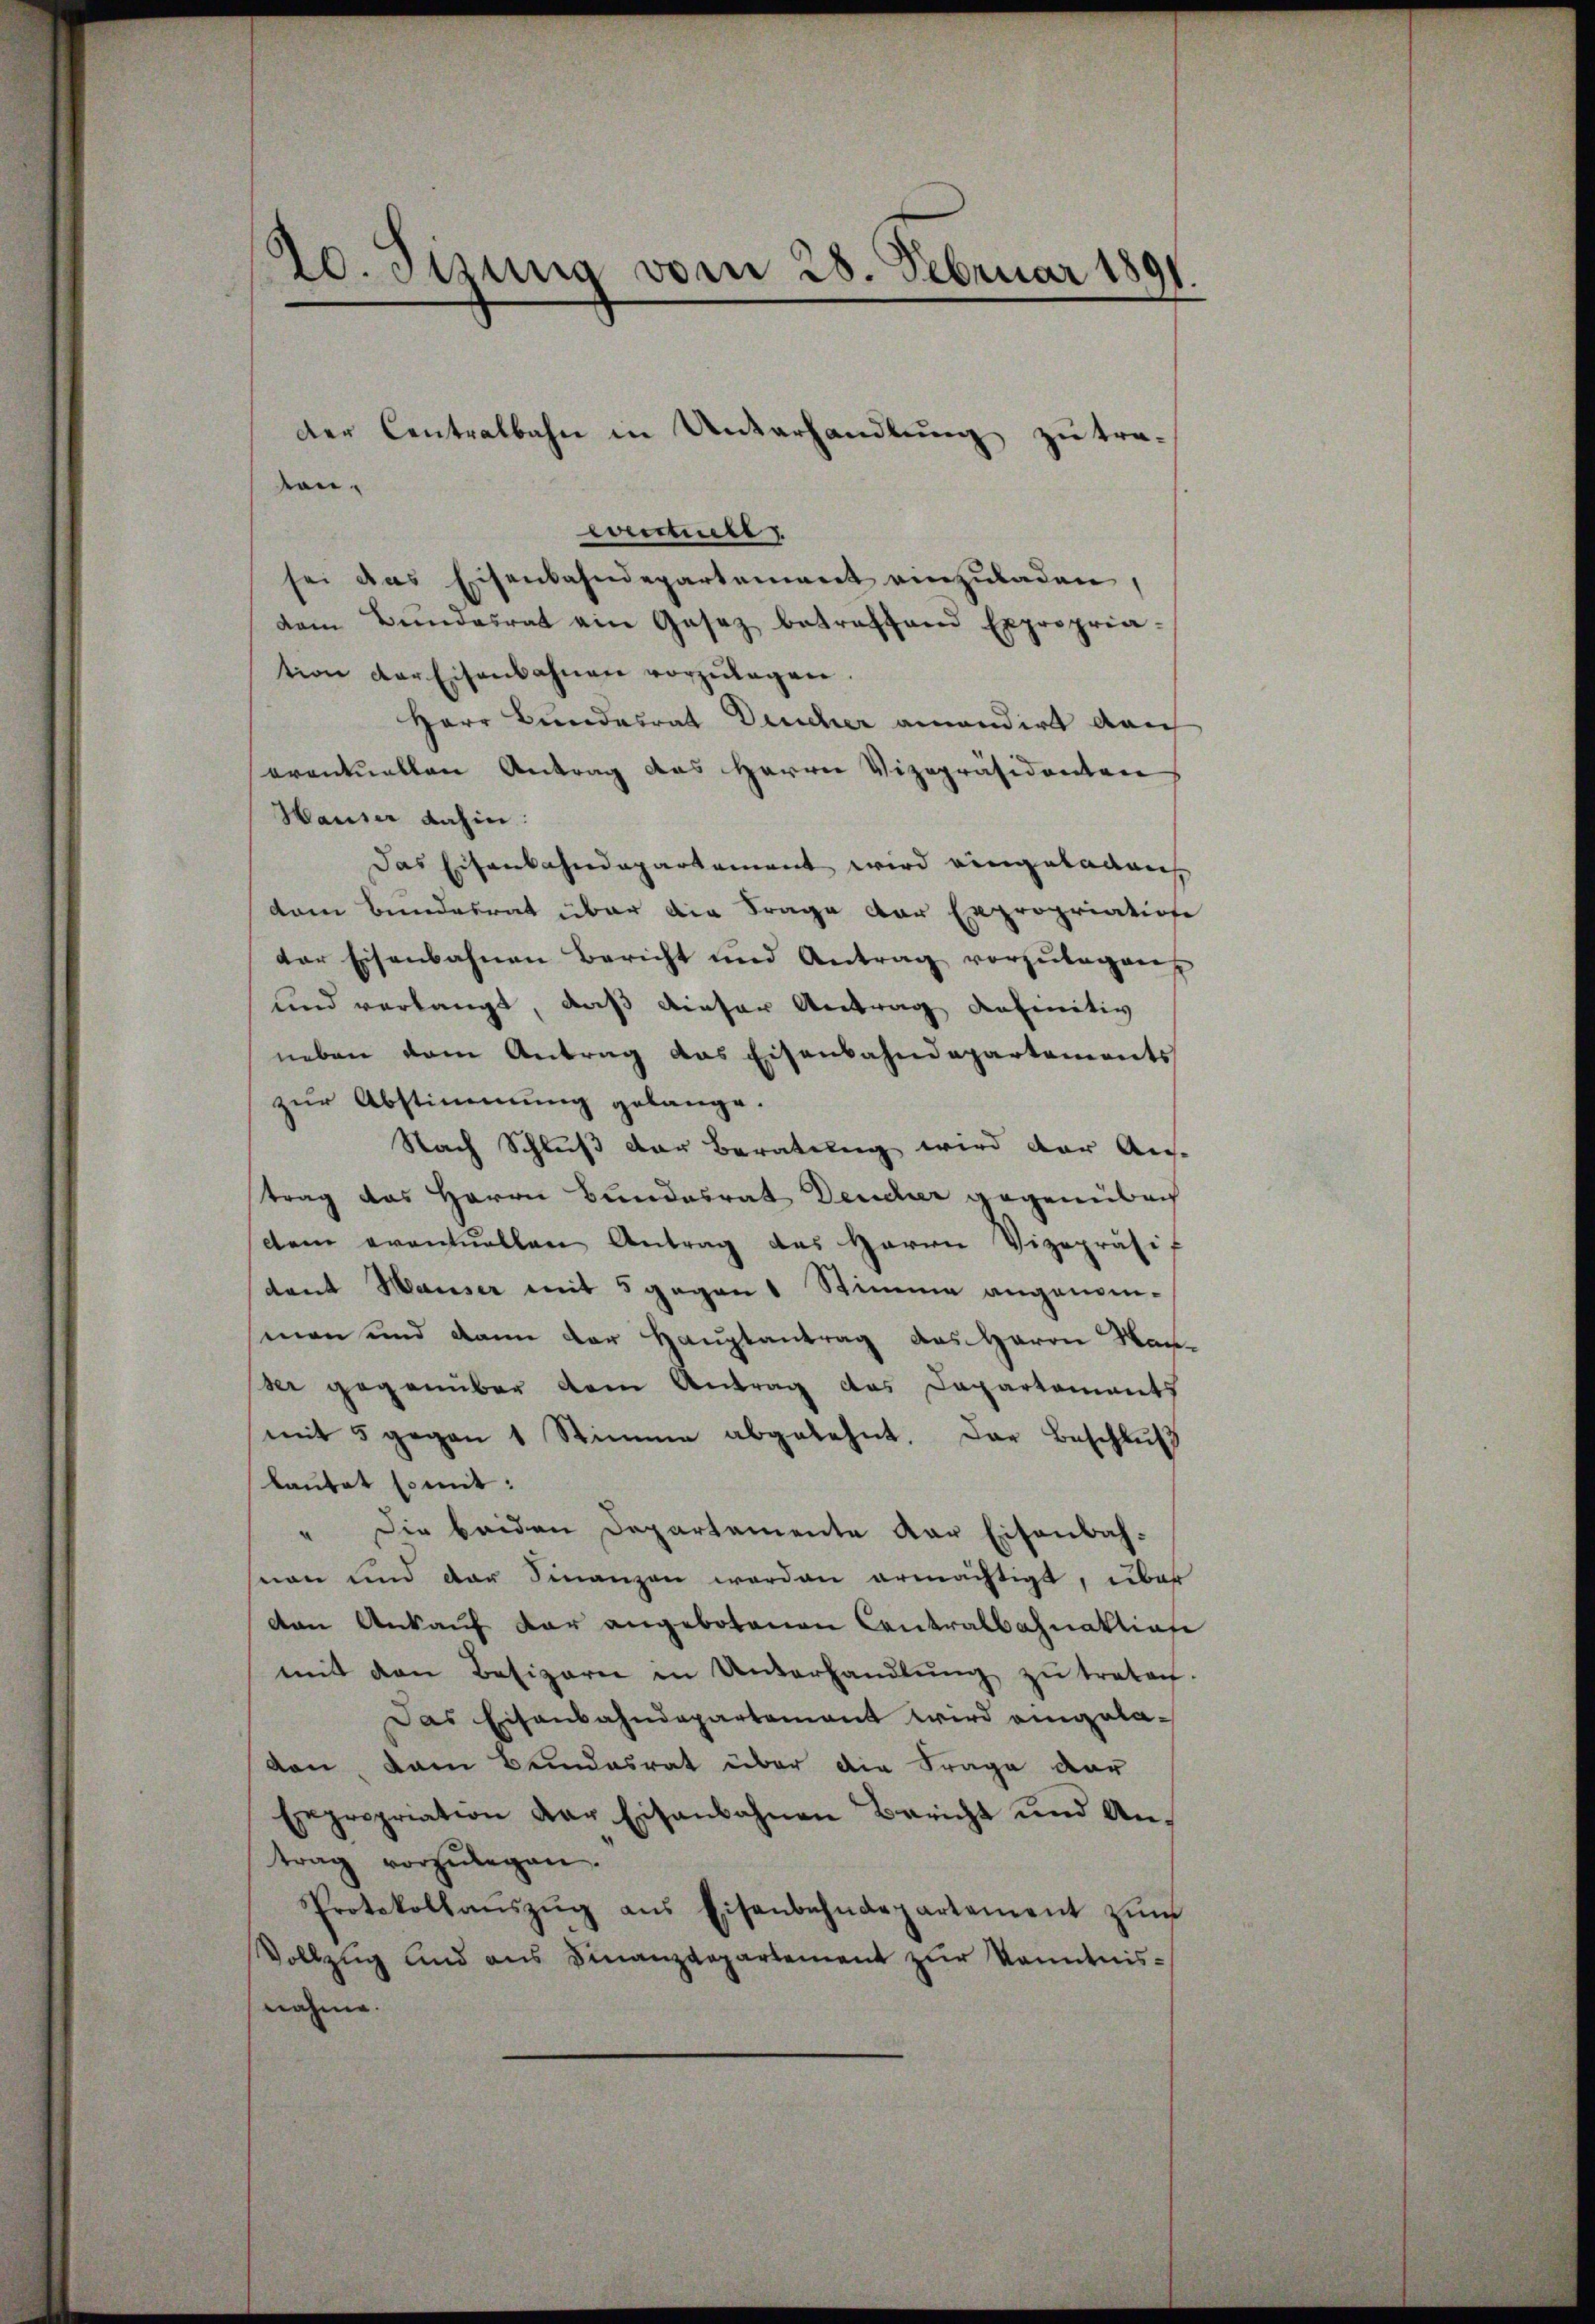
20. Simung vom 28. Februar 1891

evirtuell
sei das Eisenbahndepartement einzuladen,
dem Bŭndesrat ein Gesez betreffend Expropria-
tion der Eisenbahnen vorzŭlagen.
Herr Bundesrat Deucher amandirt dan
eventuellen Antrag des Herrn Vizepräsidenten
Hauser dahin:
Das Eisenbahndepartement wird eingeladen,
dam Bundesrat über die Frage der Expropriation
der Eisenbahnen Bericht und Antrag vorzŭlegen
und verlangt, daß dieser Antrag definitiv
neben dem Antrag das Eisenbahndepartements
zur Abstimmung gelange.
Nach Schluß der Beratung wird der Aug.
trag das Herrn Bundesrat Deucher gegenüberg
dem eventuellen Antrag des Herrn Vizepräsif
tant Hauser mit 5 gegen 1 Stimme angenomman und dann der Hauptantrag aus Herrn Man-
See gegenüber dem Antrag des Departements
mit 5 gegen 1 Stimme abgelehnt. Das Beschlŭβ
lautet somit:
" Die beiden Departemente der Eisenbahnen und der Finanzen worden ermächtigt, über
den Ankauf der angebotenen Contralbahnaktion
mit den Besizern in Unterhandlŭng zŭ traten.
Das Eisenbahndepartement wird eingelavon, dann Bundesrat über die Frage dar
Expropriation der Eisenbahnen Bericht und An-
trag vorzulegen.
Protokollaŭszŭg ans Eisenbahndepartement zŭm
Vollzug und aus Finanzdepartement zur Kenntnisnahme.

der Centralbahn in Unterhandlung zu tra-
von.